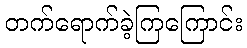
တက်ရောက်ခဲ့ကြကြောင်း